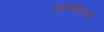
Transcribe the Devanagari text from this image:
अंडकोशामध्ये